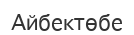
Айбектөбе